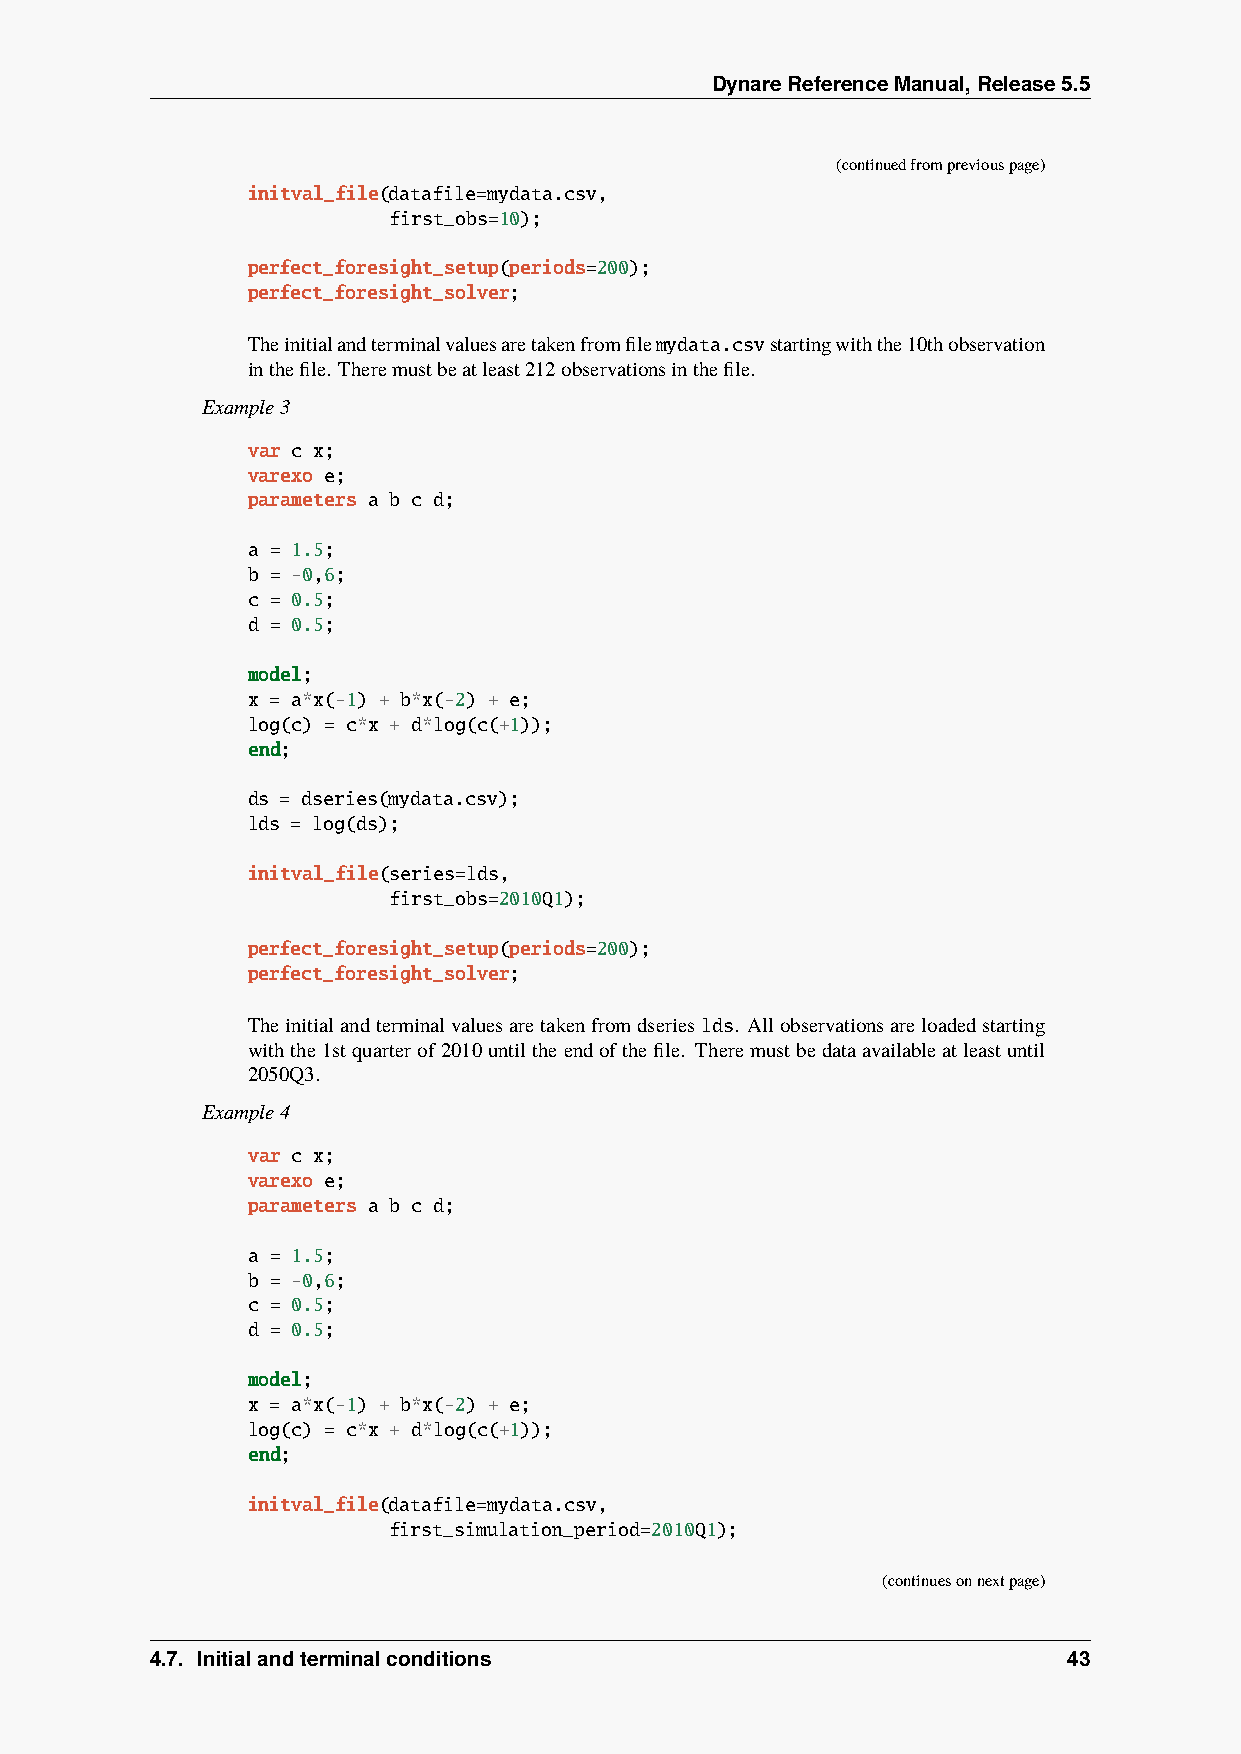
DynareReferenceManual,Release5.5
 (continuedfrompreviouspage)
 initval_file(datafile=mydata.csv,
 first_obs=10);
 perfect_foresight_setup(periods=200);
 perfect_foresight_solver;
 Theinitialandterminalvaluesaretakenfromfilemydata.csvstartingwiththe10thobservation
 inthefile. Theremustbeatleast212observationsinthefile.
 Example3
 var c x;
 varexo e;
 parameters a b c d;
 a = 1.5;
 b = -0,6;
 c = 0.5;
 d = 0.5;
 model;
 x = a*x(-1) + b*x(-2) + e;
 log(c) = c*x + d*log(c(+1));
 end;
 ds = dseries(mydata.csv);
 lds = log(ds);
 initval_file(series=lds,
 first_obs=2010Q1);
 perfect_foresight_setup(periods=200);
 perfect_foresight_solver;
 Theinitialandterminalvaluesaretakenfromdserieslds. Allobservationsareloadedstarting
 withthe1stquarterof2010untiltheendofthefile. Theremustbedataavailableatleastuntil
 2050Q3.
 Example4
 var c x;
 varexo e;
 parameters a b c d;
 a = 1.5;
 b = -0,6;
 c = 0.5;
 d = 0.5;
 model;
 x = a*x(-1) + b*x(-2) + e;
 log(c) = c*x + d*log(c(+1));
 end;
 initval_file(datafile=mydata.csv,
 first_simulation_period=2010Q1);
 (continuesonnextpage)
 4.7. Initialandterminalconditions                            43